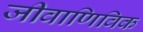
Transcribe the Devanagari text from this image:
जीवाणिविक